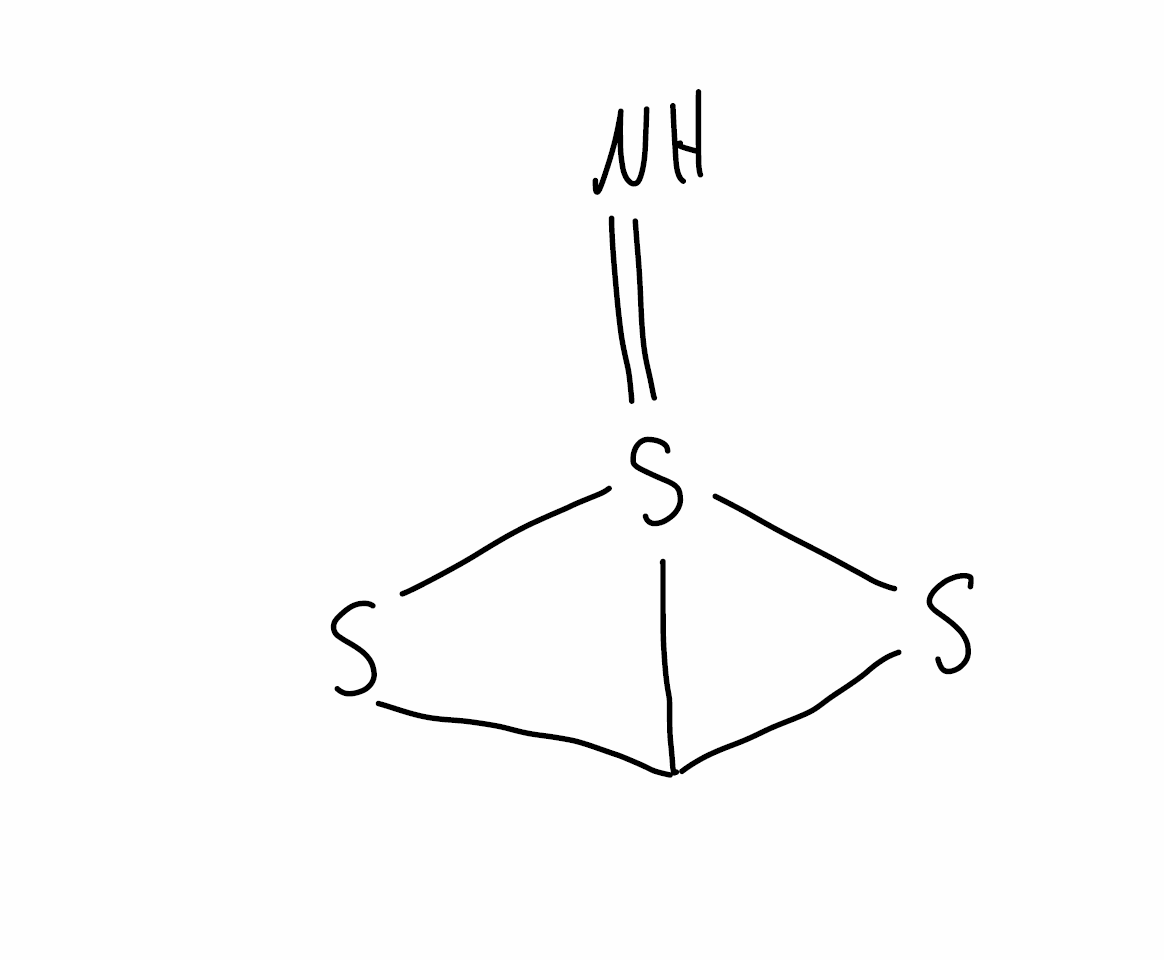
Simplified molecular-input line-entry system (SMILES) notation of the given molecule:
C123SS1(=N)(S2)S3